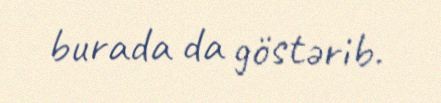
burada da göstərib.